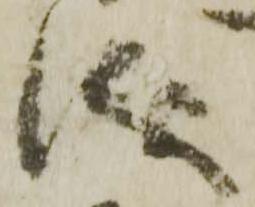
儀